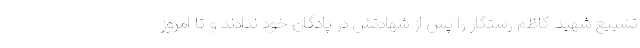
تشییع شهید کاظم رستگار را پس از شهادتش در پادگان خود ندادند و تا امروز